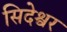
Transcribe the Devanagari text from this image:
सिदेश्वर